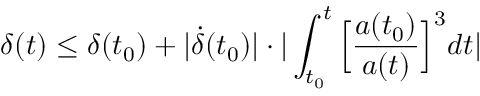
\delta ( t ) \leq \delta ( t _ { 0 } ) + | \dot { \delta } ( t _ { 0 } ) | \cdot | \int _ { t _ { 0 } } ^ { t } \Big [ \frac { a ( t _ { 0 } ) } { a ( t ) } \Big ] ^ { 3 } d t |